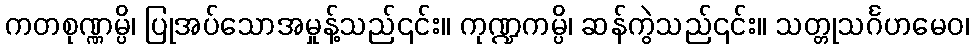
ကတစုဏ္ဏမ္ပိ၊ ပြုအပ်သောအမှုန့်သည်၎င်း။ ကုဏ္ဍကမ္ပိ၊ ဆန်ကွဲသည်၎င်း။ သတ္တုသင်္ဂဟမေဝ၊